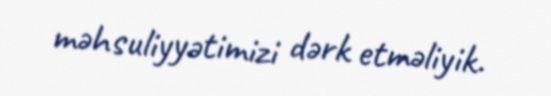
məhsuliyyətimizi dərk etməliyik.